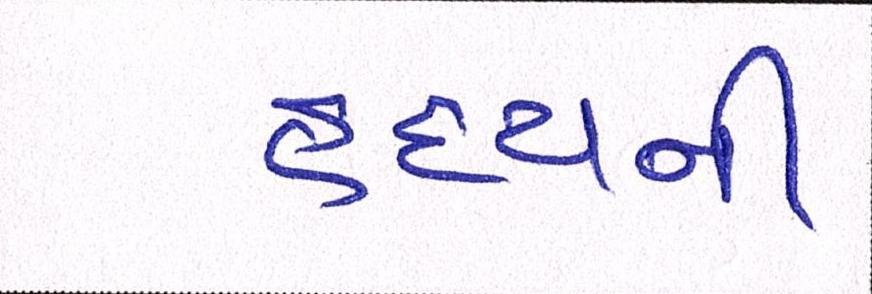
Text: હૃદયની